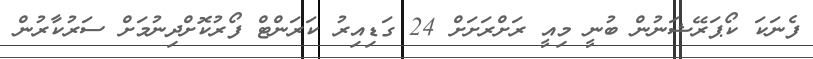
ފެނަކަ ކޯޕަރޭޝަނުން ބުނީ މިއީ ރަށްރަށަށް 24 ގަޑިއިރު ކަރަންޓް ފޯރުކޮށްދިނުމަށް ސަރުކާރުން